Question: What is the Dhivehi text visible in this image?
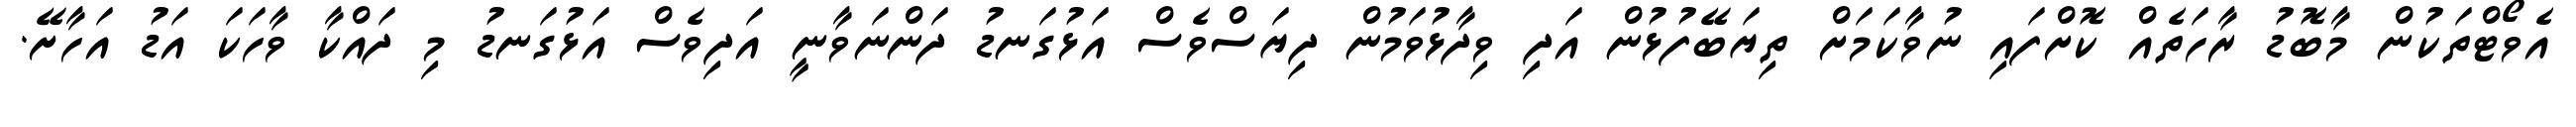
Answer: އެވޯޓްތަކުން މާބޮޑު ރާހަތެއް ކޮށްފައި ނުވާކަމަށް ތިޔަބޭފުޅުން އަދި ވިދާޅުވަމުން ދިޔަސްވެސް އަޅުގަނޑު ދަންނަވާނީ އަދިވެސް އަޅުގަނޑު މި ދައްކާ ވާހަކަ އަޑު އަހާށޭ.